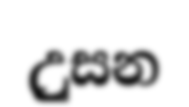
උුසන